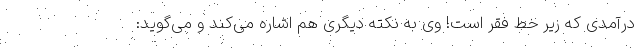
درآمدی که زیر خط فقر است! وی به نکته دیگری هم اشاره می‌کند و می‌گوید: